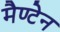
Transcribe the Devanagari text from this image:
मैण्टेन